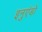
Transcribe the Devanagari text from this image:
इनुएंडो